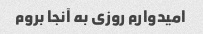
امیدوارم روزی به آنجا بروم